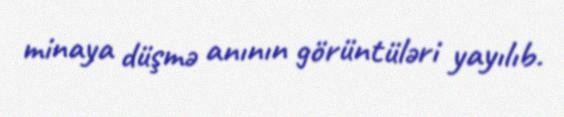
minaya düşmə anının görüntüləri yayılıb.